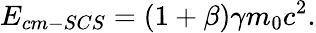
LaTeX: E_{cm-SCS}=(1+\beta)\gamma m_{0}c^{2}.